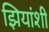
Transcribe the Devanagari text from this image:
झियांशी